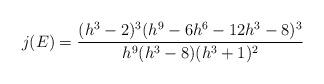
LaTeX: \begin{align*}j(E) = \dfrac{(h^3-2)^3(h^9-6h^6-12h^3-8)^3}{h^9(h^3-8)(h^3+1)^2}\end{align*}